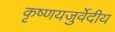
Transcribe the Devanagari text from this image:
कृष्णयजुर्वेदीय